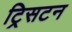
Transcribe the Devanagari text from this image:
ट्रिसटन